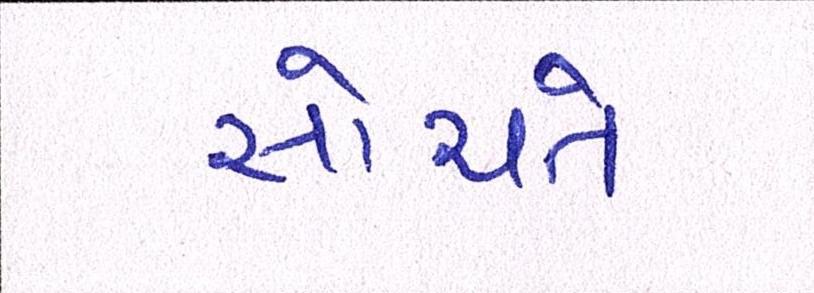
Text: સોચતે